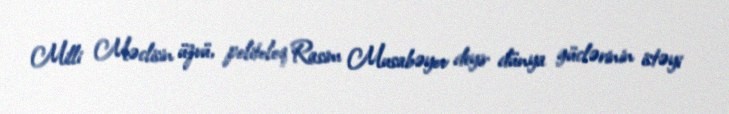
Milli Məclisin üzvü, politoloq Rasim Musabəyov deyir dünya güclərinin istəyi